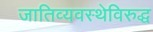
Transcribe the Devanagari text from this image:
जातिव्यवस्थेविरुद्ध